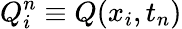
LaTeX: Q_{i}^{n}\equiv Q(x_{i},t_{n})